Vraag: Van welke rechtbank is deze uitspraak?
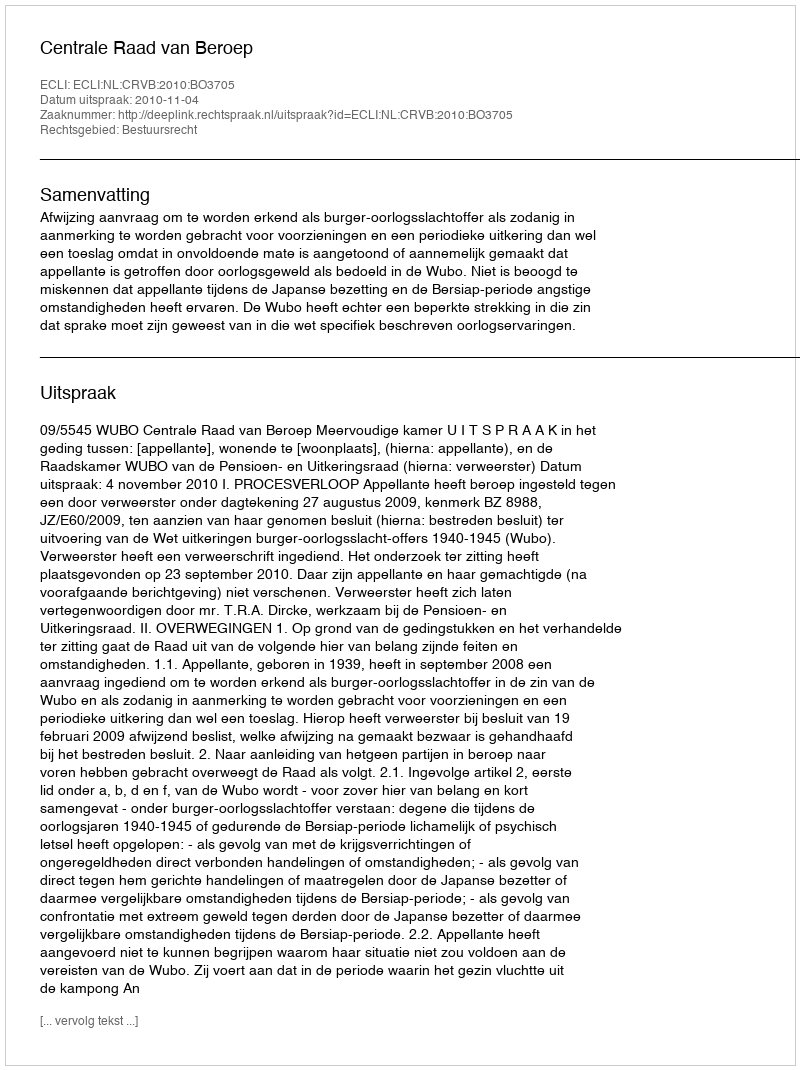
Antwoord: Centrale Raad van Beroep